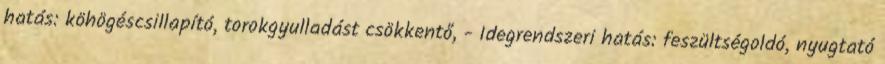
hatás: köhögéscsillapító, torokgyulladást csökkentő, - Idegrendszeri hatás: feszültségoldó, nyugtató